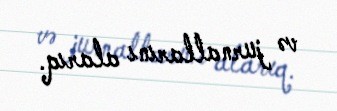
və jurnallarını alarıq.